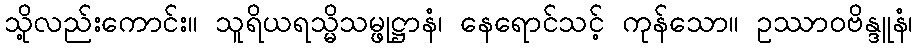
သို့လည်းကောင်း။ သူရိယရသ္မိသမ္ဖုဋ္ဌာနံ၊ နေရောင်သင့် ကုန်သော။ ဥဿာဝဗိန္ဒူနံ၊